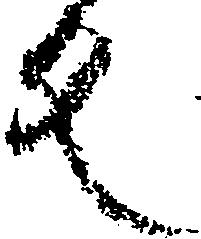
反